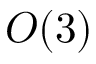
O ( 3 )